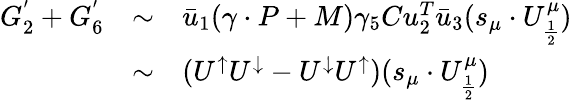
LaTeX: \begin{array}{lll}{{G_{2}^{'}+G_{6}^{'}}}&{{\sim}}&{{\bar{u}_{1}(\gamma\cdot P+M)\gamma_{5}Cu_{2}^{T}\bar{u}_{3}(s_{\mu}\cdot U_{\frac{1}{2}}^{\mu})}}\\ {{}}&{{\sim}}&{{(U^{\uparrow}U^{\downarrow}-U^{\downarrow}U^{\uparrow})(s_{\mu}\cdot U_{\frac{1}{2}}^{\mu})}}\end{array}